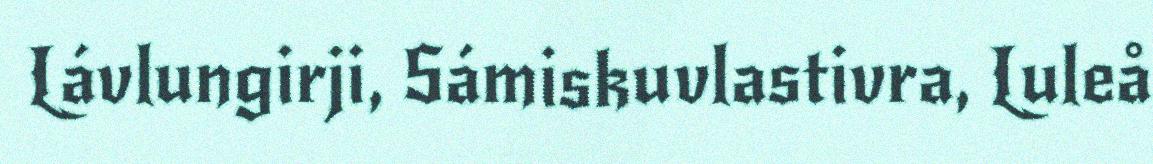
Lávlungirji, Sámiskuvlastivra, Luleå